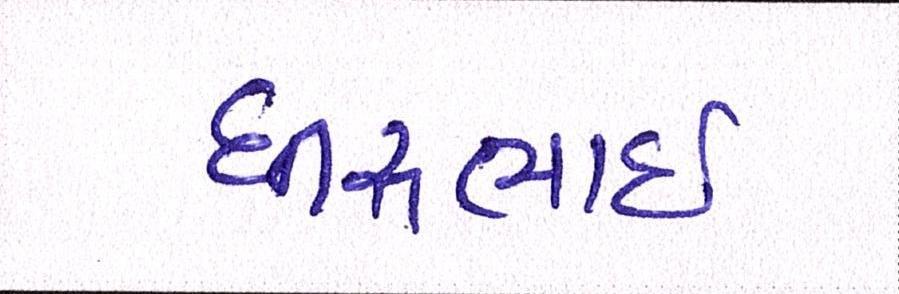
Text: ધીરુભાઇ